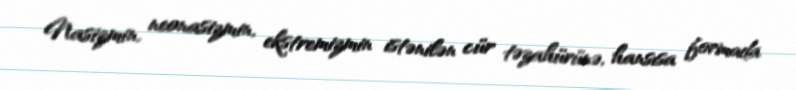
Nasizmin, neonasizmin, ekstremizmin istənilən cür təzahürünə, hansısa formada